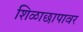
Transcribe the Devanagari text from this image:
शिळाछापावर